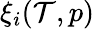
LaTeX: \xi_{i}(\mathcal{T},p)